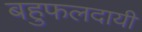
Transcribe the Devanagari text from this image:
बहुफलदायी